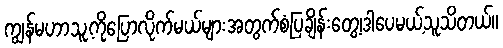
ကျွန်မဟာသူ့ကိုပြောလိုက်မယ်များအတွက်စံပြချိန်းတွေ့၊ဒါပေမယ့်သူသိတယ်။